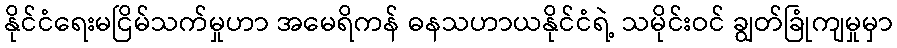
နိုင်ငံရေးမငြိမ်သက်မှုဟာ အမေရိကန် ဓနသဟာယနိုင်ငံရဲ့ သမိုင်းဝင် ချွတ်ခြုံကျမှုမှာ